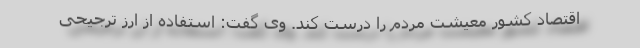
اقتصاد کشور معیشت مردم را درست کند. وی گفت: استفاده از ارز ترجیحی